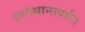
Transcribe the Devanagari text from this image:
दत्तस्थानापर्यंत